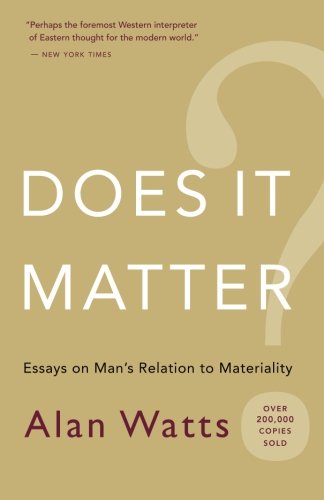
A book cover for Does It Matter?: Essays on Man's Relation to Materiality; Alan Watts; Business & Money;